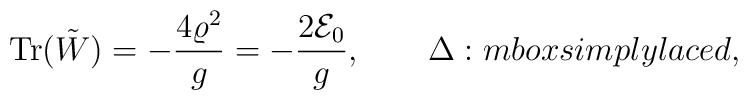
\mbox{Tr}(\tilde{W})=-{4\varrho^2\over g}=-{2{\cal E}_0\over g},\qquad \Delta:\\mbox{simply laced},